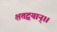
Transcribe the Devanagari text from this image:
शतद्वयान्।।